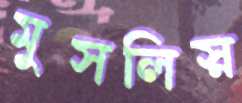
মুসলিস্ন